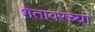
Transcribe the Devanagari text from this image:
शेतावरच्या